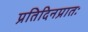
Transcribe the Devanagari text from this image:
प्रतिदिनप्रातः